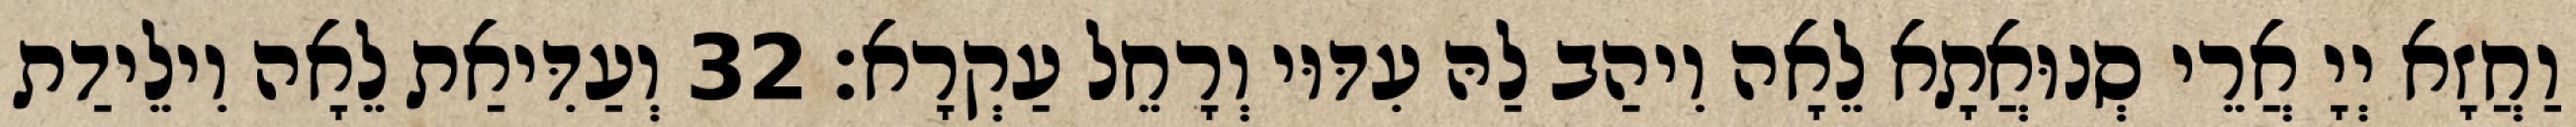
וַחֲזָא יְיָ אֲרֵי סְנוּאֲתָא לֵאָה וִיהַב לַהּ עִדּוּי וְרָחֵל עַקְרָא׃ 32 וְעַדִּיאַת לֵאָה וִילֵידַת